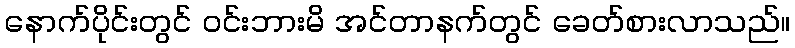
နောက်ပိုင်းတွင် ဝင်းဘားမိ အင်တာနက်တွင် ခေတ်စားလာသည်။